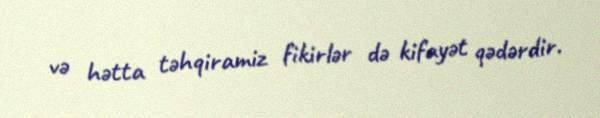
və hətta təhqiramiz fikirlər də kifayət qədərdir.